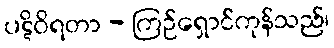
ပဋိဝိရတာ - ကြဉ်ရှောင်ကုန်သည်၊